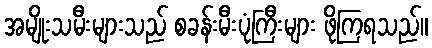
အမျိုးသမီးများသည် စခန်းမီးပုံကြီးများ ဖိုကြရသည်။